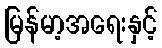
မြန်မာ့အရေးနှင့်